DOW-UAP-D49, Launch Summary, Vandenberg AFB, 2000
Agency: Department of War
Incident date: 2/3/00
Page 42
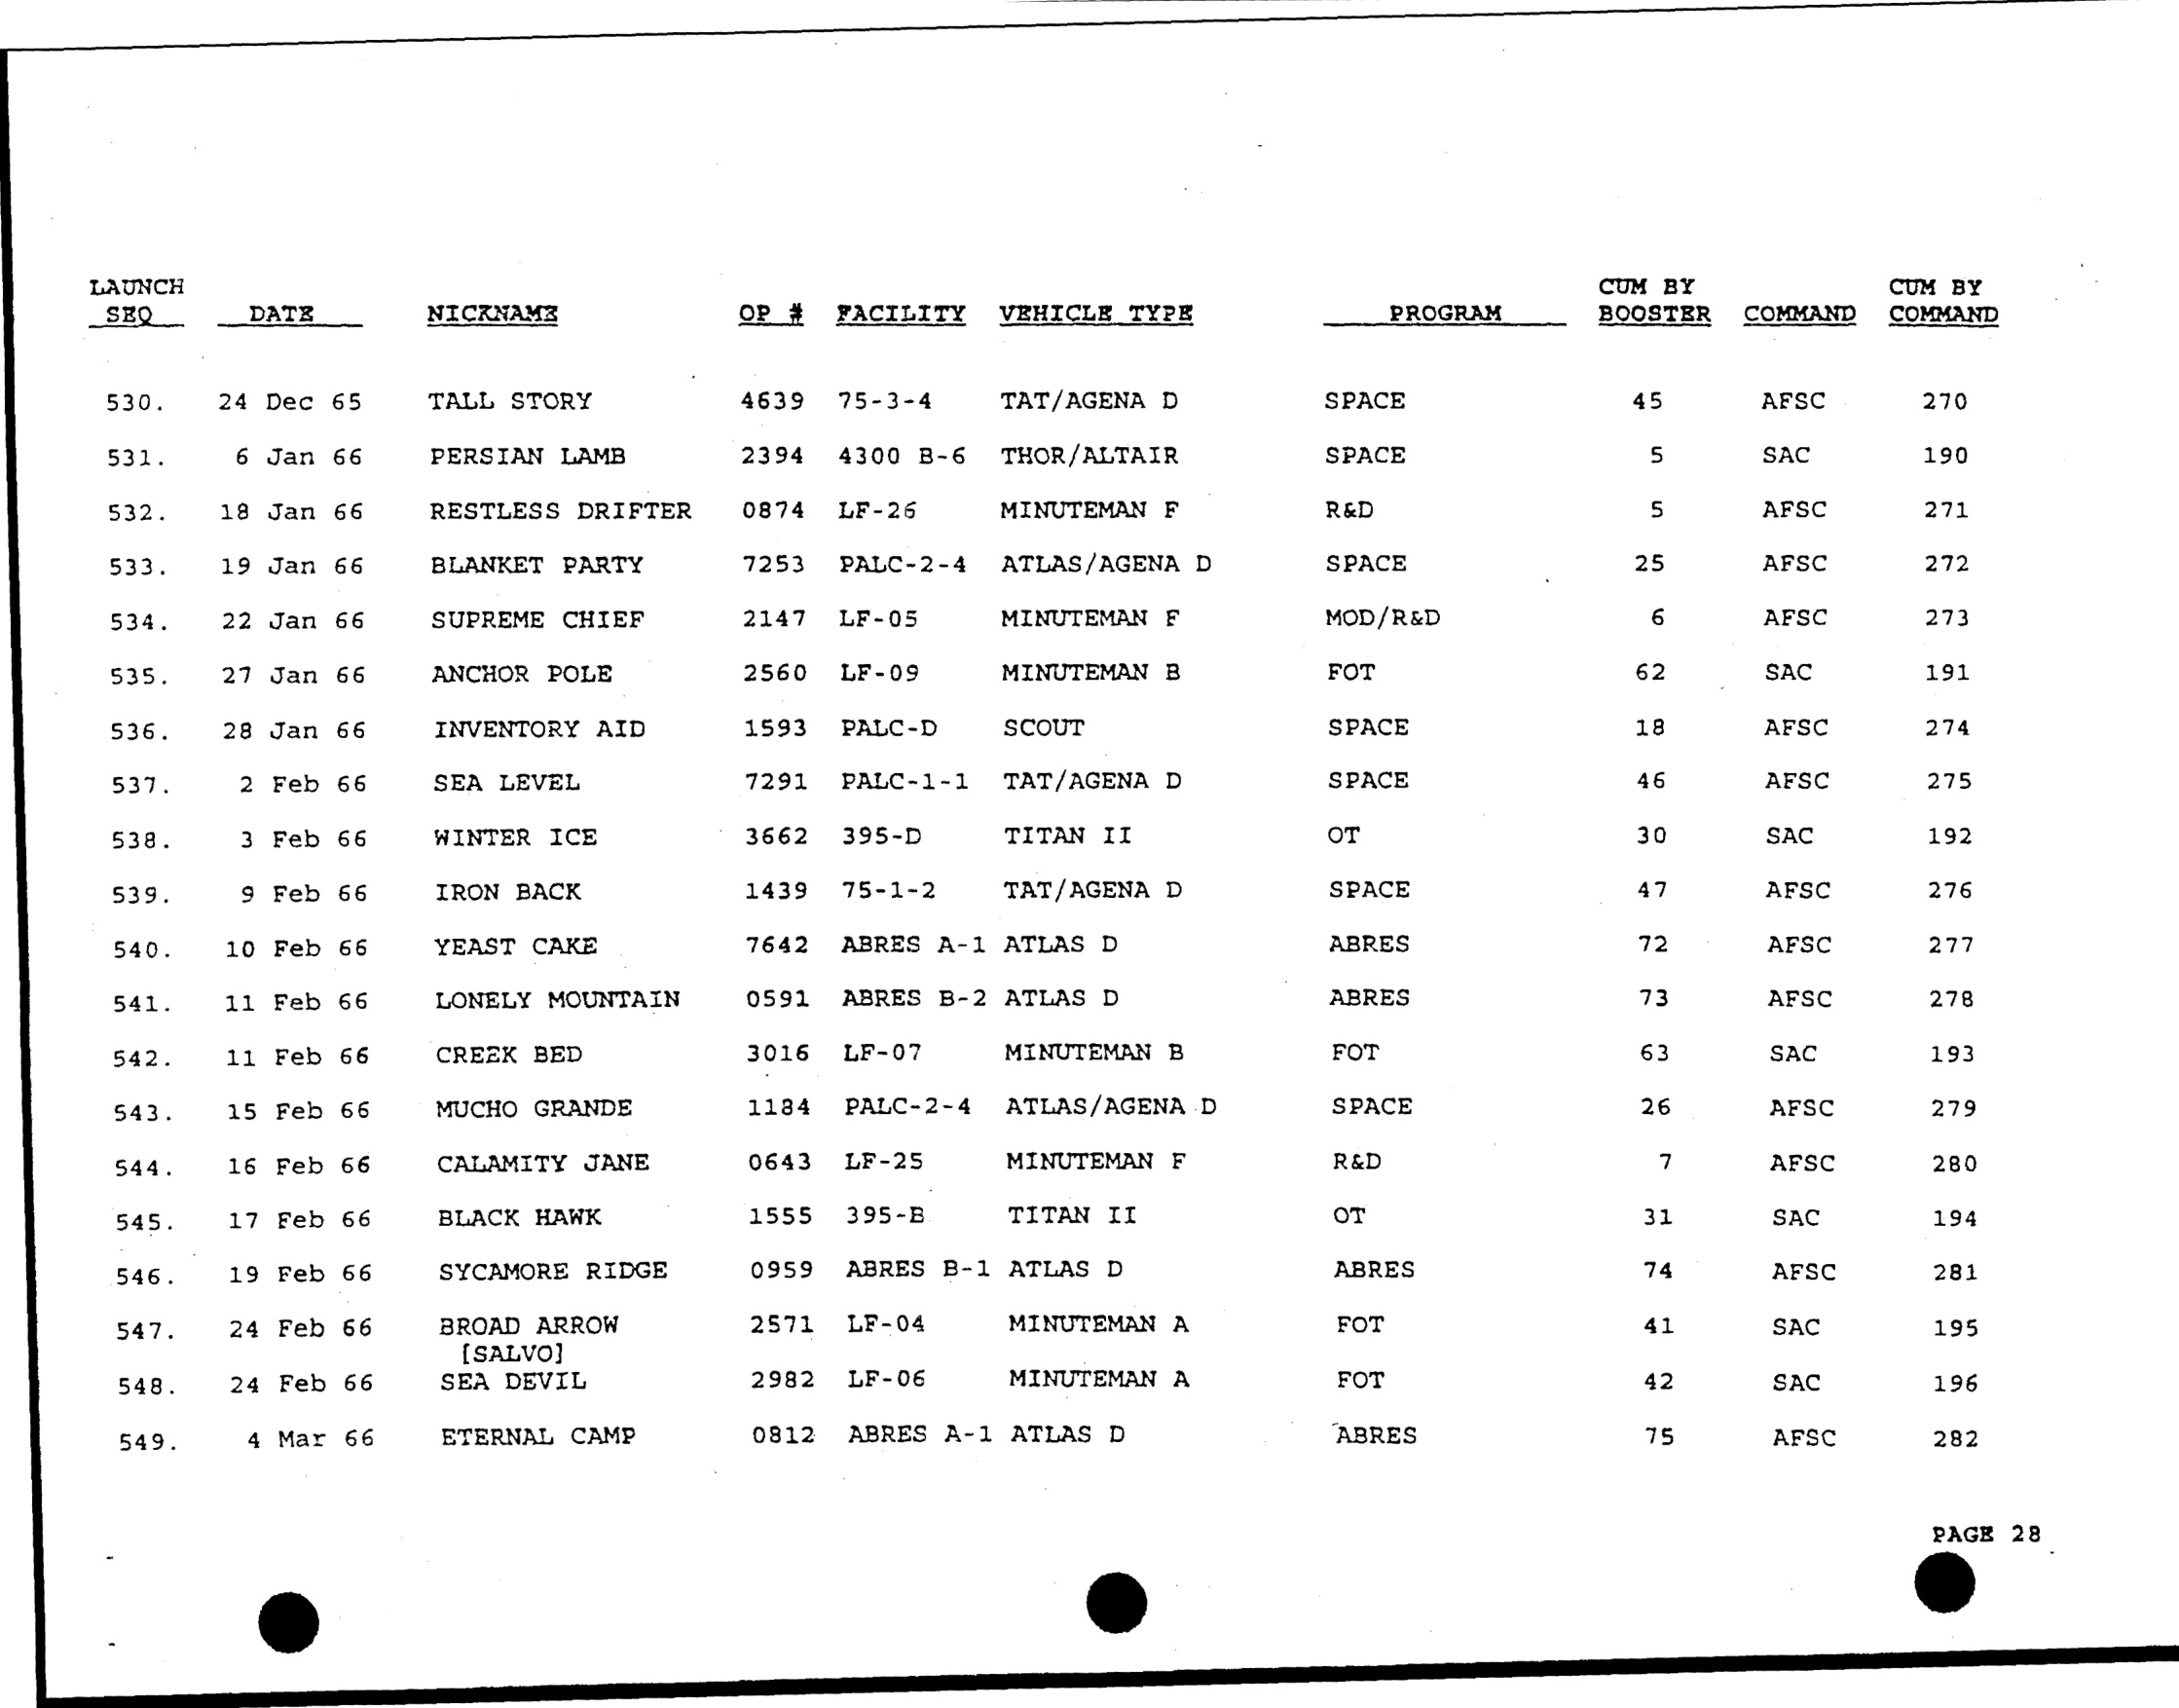